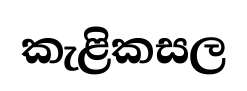
කැළිකසල